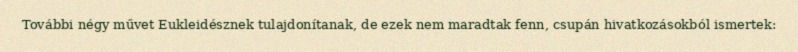
További négy művet Eukleidésznek tulajdonítanak, de ezek nem maradtak fenn, csupán hivatkozásokból ismertek: